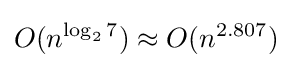
O(n^{\log _{2}7})\approx O(n^{2.807})